Insane asylums Bombay 1873-77 - 1873-1877
Year: 1873
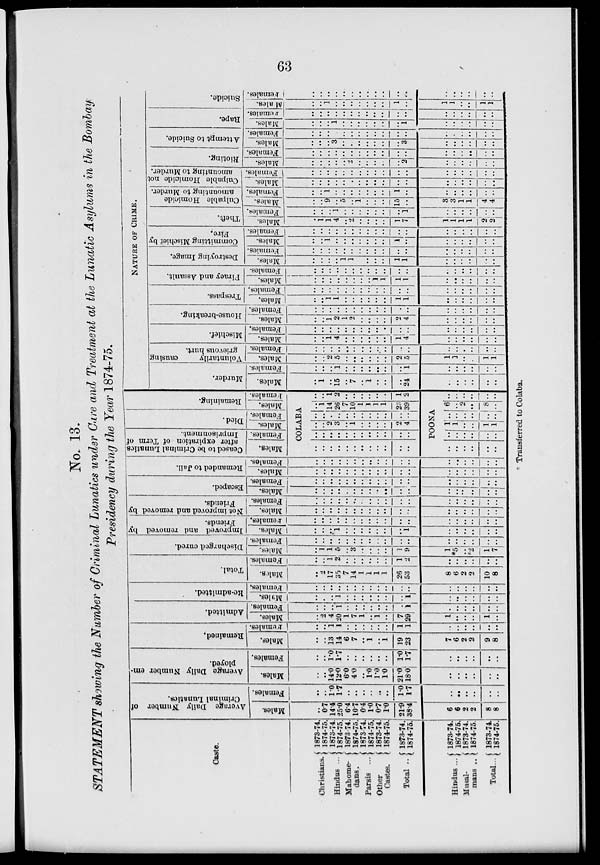
63
No. 13.
STATEMENT showing the Number of Criminal Lunatics under Cure and Treatment at the Lunatic Asylums in the Bombay
Presidency during the Year 1874-75.
Caste.
Christians.
Hindus ...
Mahome-
dans.
Parsis ...
Other
Castes.
Total ..
Hindus ...
Musal-
mans
..
Total...
1873-74.
1874-75.
1873-74.
1874-75.
1873-74.
1874-75.
1873-74.
1874-75.
1873-74.
1874-75.
1873-74.
1874-75.
1873-74.
1874-75.
1873-74.
1874-75.
1873-74.
1874-75.
Average Daily Number of
Criminal Lunatics.
Males.
..
0.7
14.4
25.0
6.4
10.7
0.4
1.0
0.7
1.0
21.9
38.4
6
6
2
2
8
8
Females.
..
..
1.0
1.7
..
..
..
..
..
..
1.0
1.7
..
..
..
..
..
..
Average Daily Number em-
ployed.
Males.
..
..
14.0
12.0
6.0
4.0
..
1.0
1.0 1.0
21.0
18.0
..
..
..
..
..
..
Females.
..
..
1.0
1.7
..
..
..
..
..
..
1.0
1.7
..
..
..
..
..
..
Remained.
Males.
..
..
13
14
6
7
..
1
..
1
19
23
7
6
2
2
9
8
Females.
..
..
1
1
..
..
..
..
..
..
1
1
..
..
..
..
..
..
Admitted.
Males.
..
..
4
20
1
7
1
..
1
..
7
29
1
..
..
..
1
..
Females.
..
..
..
1
..
..
..
..
..
..
..
1
..
..
..
..
..
..
Re-admitted.
Males.
..
..
..
1
..
..
..
..
..
..
..
1
..
..
..
..
..
..
Females.
..
..
..
..
..
..
..
..
..
..
..
..
..
..
..
..
..
..
Total.
Males.
..
..
17
35
7
14
1
1
1
1
26
53
8
6
2
2
10
8
Females.
..
..
1
2
..
..
..
..
..
..
1
2
..
..
..
..
..
..
Discharged cured.
Males.
..
1
1
5
..
3
..
..
..
..
1
9
1
*5
..
*2
1
7
Females.
..
..
..
..
..
..
..
..
..
..
..
..
..
..
..
..
..
..
Improved and removed by
Friends.
Males.
..
..
..
1
..
..
..
..
..
..
..
1
..
..
..
..
..
..
Females.
..
..
..
..
..
..
..
..
..
..
..
..
..
..
..
..
..
..
Not improved and removed by
Friends.
Males.
..
..
..
..
..
..
..
..
..
..
..
..
..
..
..
..
..
..
Females.
..
..
..
..
..
..
..
..
..
..
..
..
..
..
..
..
..
..
Escaped.
Males.
..
..
..
..
..
..
..
..
..
..
..
..
..
..
..
..
..
..
Females.
..
..
..
..
..
..
..
..
..
..
..
..
..
..
..
..
..
..
Remanded to Jail.
Males.
..
..
..
..
..
..
..
..
..
..
..
..
..
..
..
..
..
Females.
..
..
..
..
..
..
..
..
..
..
..
..
..
..
..
..
..
..
Ceased to be Criminal Lunatics
after expiration of Term of
Imprisonment.
Males.
Females.
Died.
Males.
Females.
Remaining.
Males.
Females.
COLABA
..
..
..
..
..
..
..
..
..
..
..
..
..
..
..
..
..
..
..
..
..
..
..
..
..
..
2
3
..
1
..
..
..
..
2
..
..
..
..
..
..
..
..
..
..
..
..
..
..
1
14
26
7
10
1
1
1
1
23
39
..
..
1
2
..
..
..
..
..
..
1
2
POONA
..
..
..
..
..
..
..
..
..
..
..
..
1
1
..
..
1
1
..
..
..
..
..
..
6
..
2
..
1
..
..
..
..
..
..
..
NATURE OF CRIME.
Murder.
Males.
..
1
..
15
..
7
..
1
..
..
..
24
..
..
..
..
..
..
Females.
..
..
..
1
..
..
..
..
..
..
..
1
..
..
..
..
..
..
Voluntarily
causing
grievous hurt.
Males.
..
..
..
5
..
..
..
..
..
..
2
5
..
1
..
..
1
1
Females.
..
..
..
..
..
..
..
..
..
..
..
..
..
..
..
..
..
..
Mischief.
Males.
..
..
..
4
..
..
..
..
..
..
1
4
..
..
..
..
..
..
Females.
..
..
..
..
..
..
..
..
..
..
..
..
..
..
..
..
..
..
House-breaking.
Males.
..
..
..
2
1
2
..
..
..
..
2
4
..
..
..
..
..
..
Females.
..
..
..
..
..
..
..
..
..
..
..
..
..
..
..
..
..
..
Trespass.
Males.
..
..
1
1
..
..
..
..
..
..
1
1
..
..
..
..
..
..
Females.
..
..
..
..
..
..
..
..
..
..
..
..
..
..
..
..
..
..
Piracy and Assault.
Males.
..
..
..
..
..
..
..
..
1
1
1
1
..
..
..
..
..
..
Females.
..
..
..
..
..
..
..
..
..
..
..
..
..
..
..
..
..
..
Destroying Image.
Males.
..
..
..
..
1
1
..
..
..
..
1
1
..
..
..
..
..
..
Females.
..
..
..
..
..
..
..
..
..
..
..
..
..
..
..
..
..
..
Committing Mischief by
Fire.
Males.
..
..
1
..
..
..
..
..
..
..
1
..
..
..
..
..
..
..
Females.
..
..
..
..
..
..
..
..
..
..
..
..
..
..
..
..
..
..
Theft.
Males.
..
1
1
4
..
..
..
..
..
..
1
7
1
1
1
1
2
2
Females.
..
..
..
1
..
..
..
..
..
..
..
1
..
..
..
..
..
..
Culpable Homicide
amounting to Murder.
Males.
..
..
9
..
5
..
1
..
..
..
15
..
8
3
1
1
4
4
Females.
..
..
1
..
..
..
..
..
..
..
1
..
..
..
..
..
..
..
Culpable Homicide not
amounting to Murder.
Males.
..
..
..
..
..
..
..
..
..
..
..
..
..
..
..
..
..
..
Females.
..
..
..
..
..
..
..
..
..
..
..
..
..
..
..
..
..
..
Rioting.
Males.
..
..
..
..
..
2
..
..
..
..
..
2
..
..
..
..
..
..
Females.
..
..
..
..
..
..
..
..
..
..
..
..
..
..
..
..
..
..
Attempt to Suicide.
Males.
..
..
..
3
..
..
..
..
..
..
..
3
..
..
..
..
..
..
Females.
..
..
..
..
..
..
..
..
..
..
..
..
..
..
..
..
..
..
Rape.
Males.
..
..
..
1
..
..
..
..
..
..
..
1
..
..
..
..
..
..
Females.
..
..
..
..
..
..
..
..
..
..
..
..
..
..
..
..
..
..
Suicide.
Males.
..
..
..
..
..
..
..
..
..
..
1
..
1
1
..
..
1
1
Females.
..
..
..
..
..
..
..
..
..
..
..
..
..
..
..
..
..
..
* Transferred to Colaba.